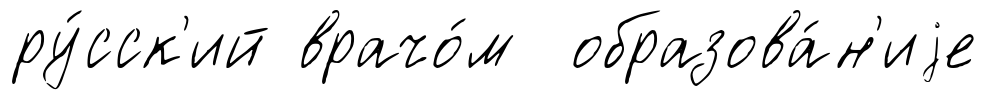
ру́сск'ий врачо́м образова́н'иjе